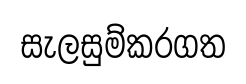
සැලසුම්කරගත